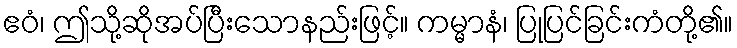
ဧဝံ၊ ဤသို့ဆိုအပ်ပြီးသောနည်းဖြင့်။ ကမ္မာနံ၊ ပြုပြင်ခြင်းကံတို့၏။